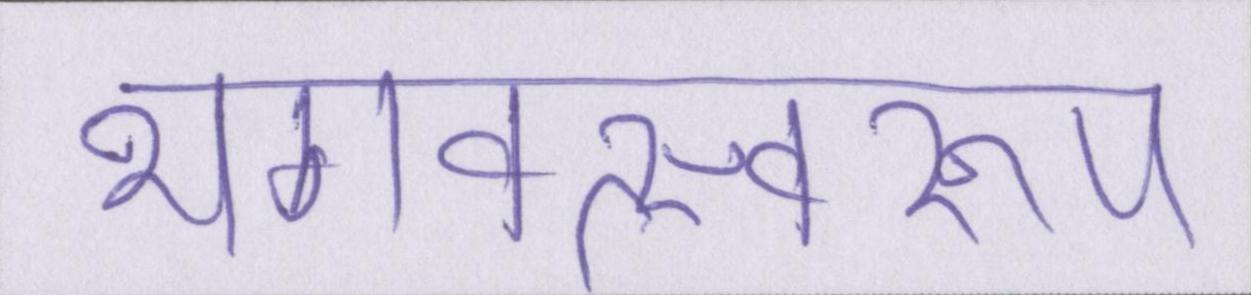
भगवत्स्वरूप